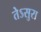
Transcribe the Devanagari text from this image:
तेऽसुरा